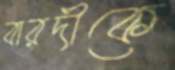
বারদীকে